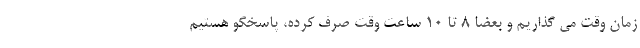
زمان وقت می گذاریم و بعضا ۸ تا ۱۰ ساعت وقت صرف کرده، پاسخگو هستیم